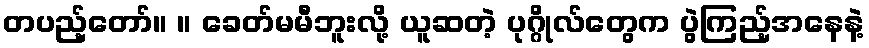
တပည့်တော်။ ။ ခေတ်မမီဘူးလို့ ယူဆတဲ့ ပုဂ္ဂိုလ်တွေက ပွဲကြည့်အနေနဲ့